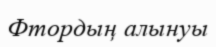
Фтордың алынуы